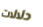
دلالات